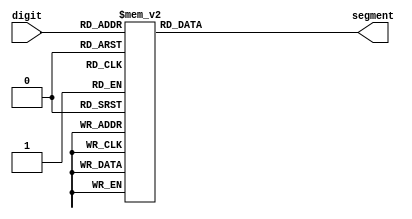
module digitToSevenSegm (
    input [3:0] digit,
    output reg [6:0] segment
);
    
	 always @(*)
    case (digit)
		 4'd0:   segment <= 7'b100_0000;
		 4'd1:   segment <= 7'b111_1001;
		 4'd2:   segment <= 7'b010_0100;
		 4'd3:   segment <= 7'b011_0000;
		 4'd4:   segment <= 7'b001_1001;
		 4'd5:   segment <= 7'b001_0010;
		 4'd6:   segment <= 7'b000_0010;
		 4'd7:   segment <= 7'b111_1000;
		 4'd8:   segment <= 7'b000_0000;
		 4'd9:   segment <= 7'b001_0000;
         default:   segment <= 7'b000_0000;
    endcase


endmodule